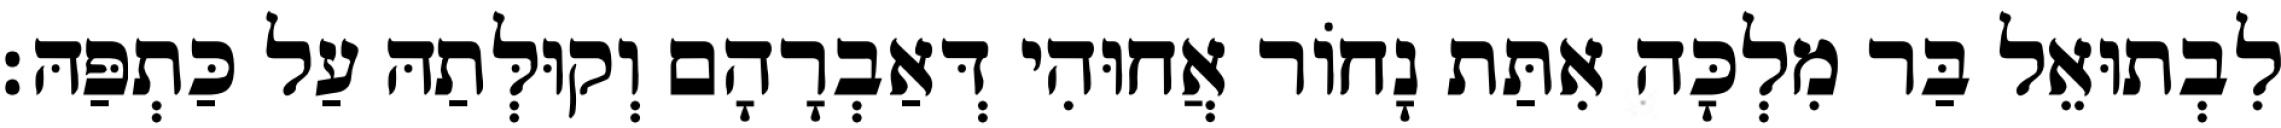
לִבְתוּאֵל בַּר מִלְכָּה אִתַּת נָחוֹר אֲחוּהִי דְּאַבְרָהָם וְקוּלְּתַהּ עַל כַּתְפַּהּ׃